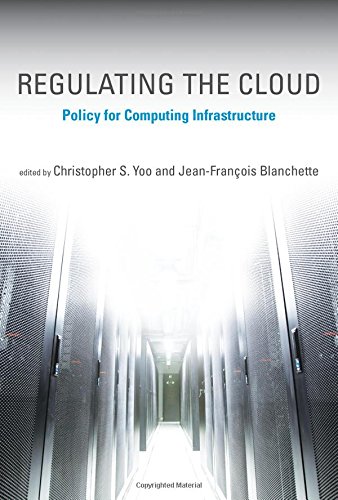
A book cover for Regulating the Cloud: Policy for Computing Infrastructure (Information Policy); Computers & Technology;